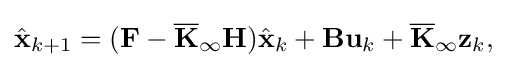
{\displaystyle {\hat {\mathbf {x} }}_{k+1}=(\mathbf {F} -{\overline {\mathbf {K} }}_{\infty }\mathbf {H} ){\hat {\mathbf {x} }}_{k}+\mathbf {B} \mathbf {u} _{k}+\mathbf {\overline {K}} _{\infty }\mathbf {z} _{k},}